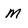
Character: M